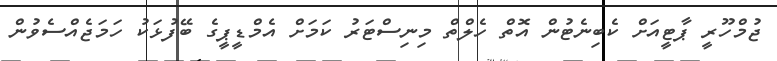
ޖުމްހޫރީ ޕާޓީއަށް ކެބިނެޓުން އޮތް ހެލްތް މިނިސްޓަރު ކަމަަށް އެމްޑީޕީގެ ބޭފުޅަކު ހަމަޖެއްސެވުން